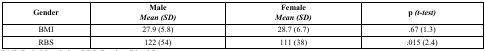
<table><thead><tr><td><b>Gender</b></td><td><b>Male<i>Mean (SD)</i></b></td><td colspan="2"><b>Female<i>Mean (SD)</i></b></td><td colspan="2"><b>p <i>(t-test)</i></b></td></tr></thead><tbody><tr><td>BMI</td><td>27.9 (5.8)</td><td colspan="2">28.7 (6.7)</td><td colspan="2">.67 (1.3)</td></tr><tr><td>RBS</td><td>122 (54)</td><td colspan="2">111 (38)</td><td colspan="2">.015 (2.4)</td></tr></tbody></table>